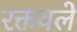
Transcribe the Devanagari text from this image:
रक्तवले